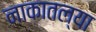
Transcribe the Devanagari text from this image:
नाकातल्या